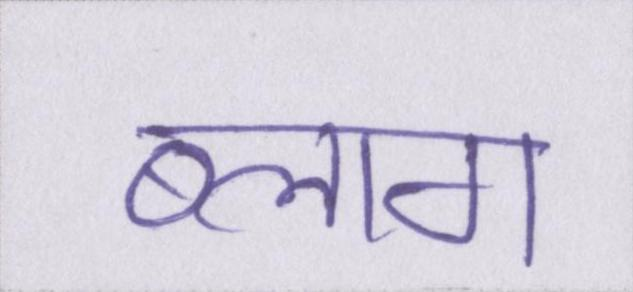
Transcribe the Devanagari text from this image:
ब्लाग